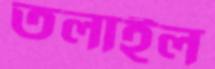
তলাইল